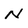
Character: N